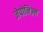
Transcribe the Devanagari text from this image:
जेपोनिज़्म